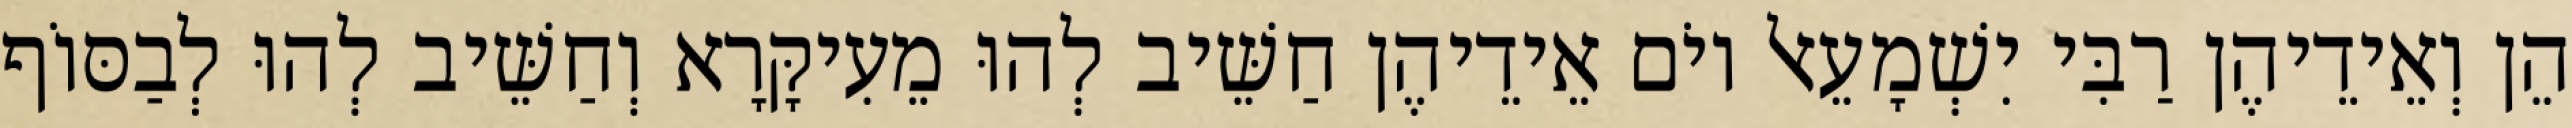
הֵן וְאֵידֵיהֶן רַבִּי יִשְׁמָעֵאל יוֹם אֵידֵיהֶן חַשֵּׁיב לְהוּ מֵעִיקָּרָא וְחַשֵּׁיב לְהוּ לְבַסּוֹף